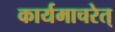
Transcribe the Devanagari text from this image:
कार्यमाचरेत्